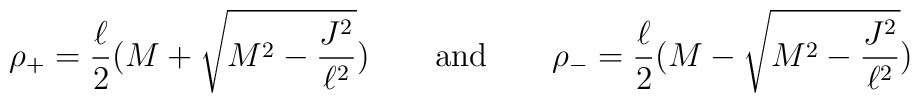
\rho_+=\frac \ell 2(M +\sqrt{M^2-\frac {J^2}{\ell^2}})\qquad {\rm and} \qquad  \rho_-=\frac \ell 2(M -\sqrt{M^2-\frac {J^2}{\ell^2}})\qquad